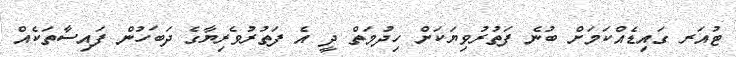
ޓުއަރ ގައިޑެއްކަމަށް ބުނެ ފަތުރުވިޔަކަށް ހިދުމަތް ދީ އެ ފަތުރުވެރިޔާގެ ދަބަހުން ފައިސާތަކެއް